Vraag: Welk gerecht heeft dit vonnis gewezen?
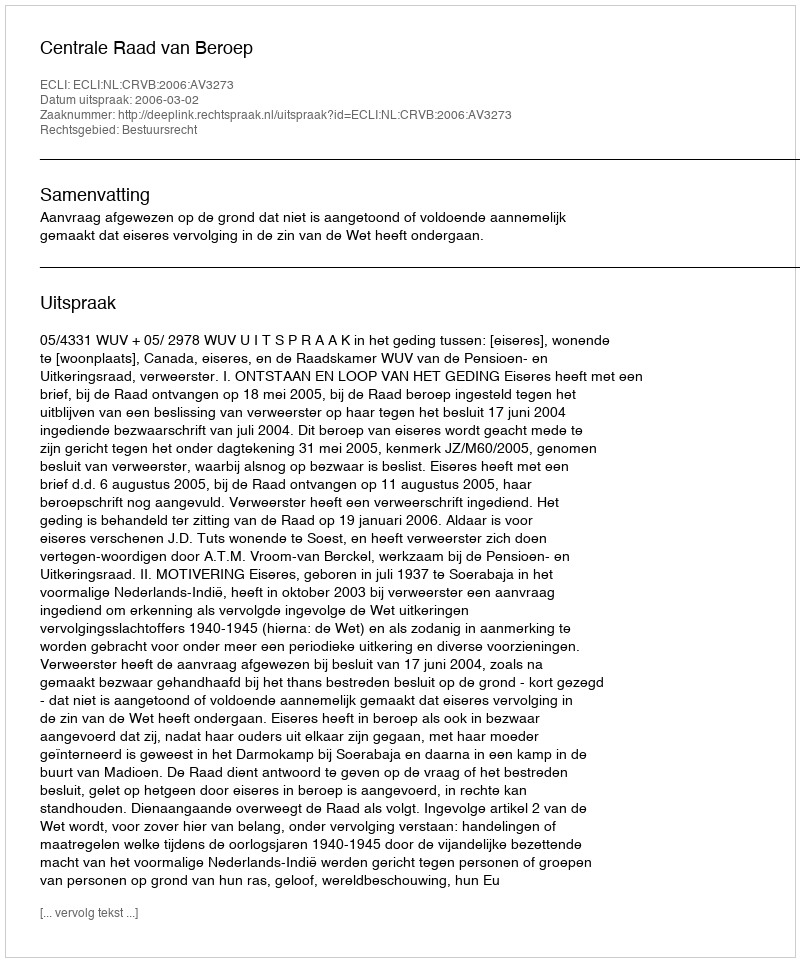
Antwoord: Centrale Raad van Beroep